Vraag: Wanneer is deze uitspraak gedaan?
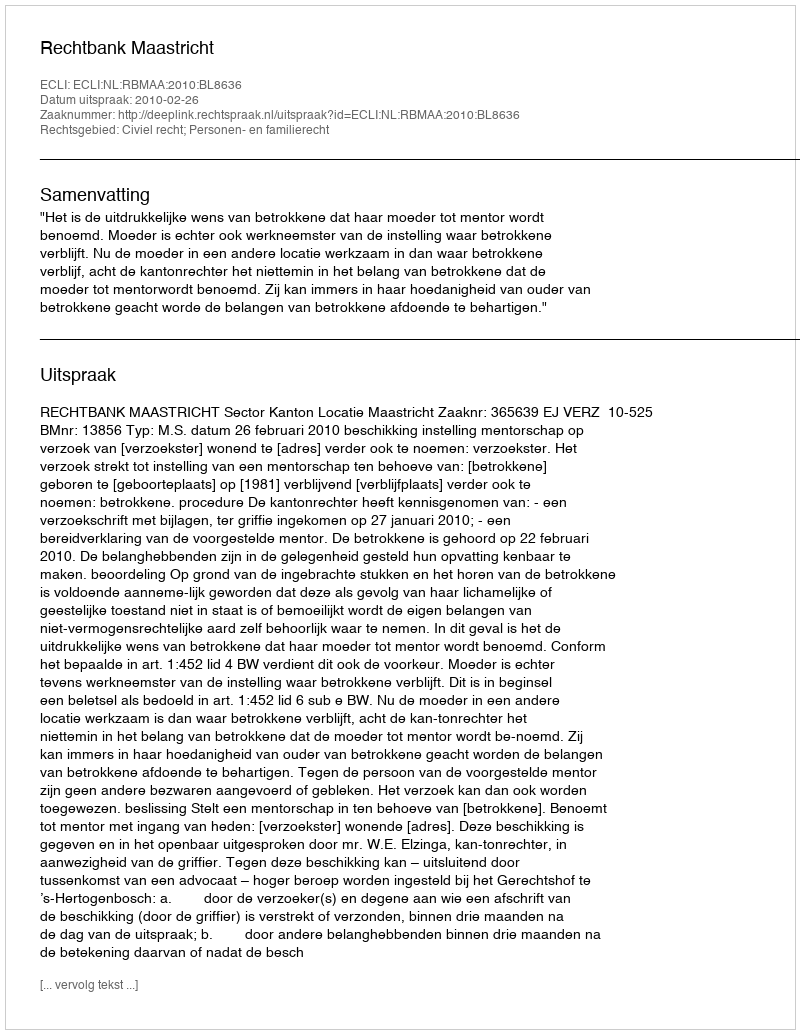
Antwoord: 2010-02-26